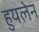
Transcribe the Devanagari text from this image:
हुयलेन